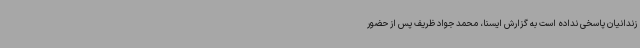
زندانیان پاسخی نداده است به گزارش ایسنا، محمد جواد ظریف پس از حضور